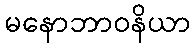
မနောဘာဝနိယာ